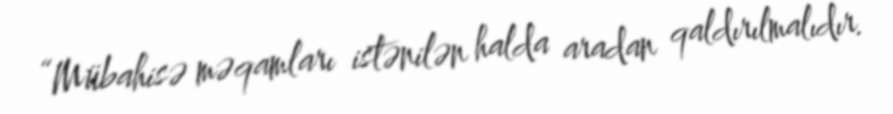
“Mübahisə məqamları istənilən halda aradan qaldırılmalıdır.